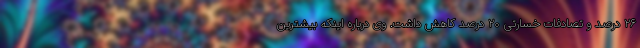
۲۶ درصد و تصادفات خسارتی ۲۰ درصد کاهش داشت. وی درباره اینکه بیشترین